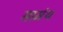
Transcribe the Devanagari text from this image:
सामंथ